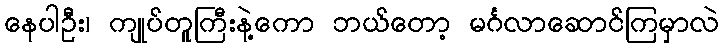
နေပါဦး၊ ကျုပ်တူကြီးနဲ့ကော ဘယ်တော့ မင်္ဂလာဆောင်ကြမှာလဲ